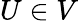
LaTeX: U\in V